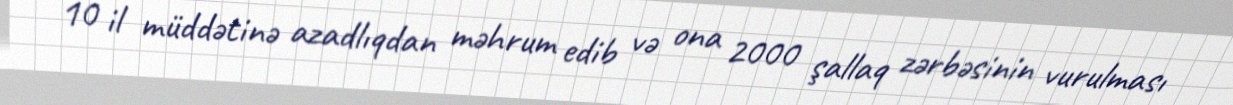
10 il müddətinə azadlıqdan məhrum edib və ona 2000 şallaq zərbəsinin vurulması